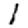
Digit: 1